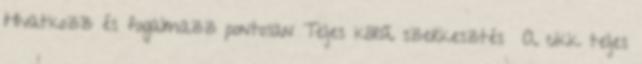
Hivatkozz és fogalmazz pontosan Teljes körű szerkesztés A cikk teljes